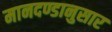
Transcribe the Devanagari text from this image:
मानदण्डानुसार